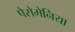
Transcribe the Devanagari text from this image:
पैरोमेनिया